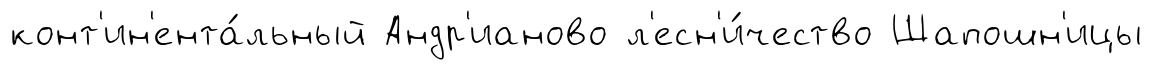
конт'ин'ента́льный Андр'ианово л'есн'и́чество Шапошн'ицы